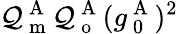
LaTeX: \mathcal{Q}_{\mathrm{{~m~}}}^{\mathrm{{~A~}}}\mathcal{Q}_{\mathrm{{~o~}}}^{\mathrm{{~A~}}}(g_{\mathrm{{~0~}}}^{\mathrm{{~A~}}})^{2}